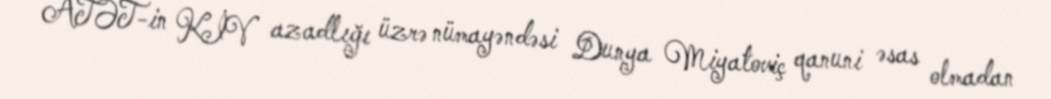
ATƏT-in KİV azadlığı üzrə nümayəndəsi Dunya Miyatoviç qanuni əsas olmadan